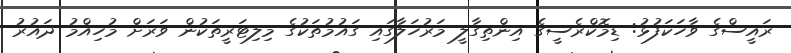
ރައީސްގެ ވާހަކަފުޅު: ޑިމޮކްރެސީގެ އިންތިގާލީ މަރުހަލާގައި ގައުމުތަކުގެ މިލިޓަރީތަކުން ވަރަށް މުހިއްމު ދައުރު